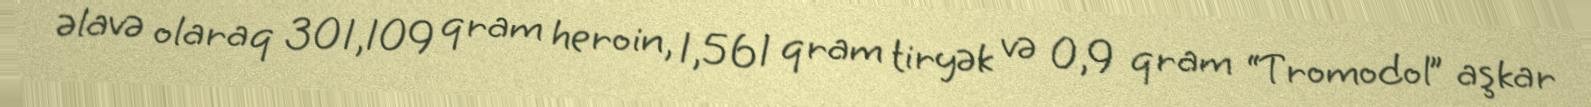
əlavə olaraq 301,109 qram heroin, 1,561 qram tiryək və 0,9 qram “Tromodol” aşkar